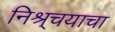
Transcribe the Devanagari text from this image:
निश्र्चयाचा